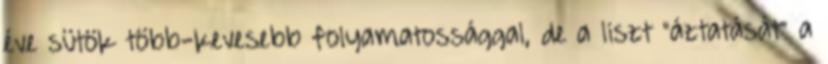
éve sütök több-kevesebb folyamatossággal, de a liszt “áztatását” a